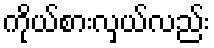
ကိုယ်စားလှယ်လည်း